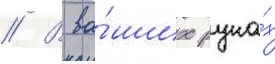
// В ва́ших рука́х